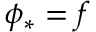
\phi _ { * } = f